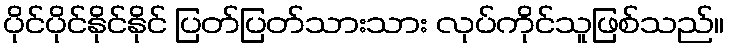
ပိုင်ပိုင်နိုင်နိုင် ပြတ်ပြတ်သားသား လုပ်ကိုင်သူဖြစ်သည်။